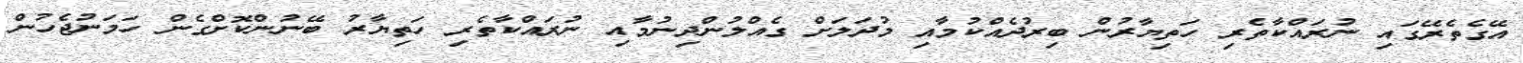
އޭގެތެރޭގައި ނުރައްކާތެރި ހަތިޔާރުން ބިރުދެއްކުމާއި މުދަލަށް ގެއްލުންދިނުމާއި ނުރައްކާތެރި ހަތިޔާރު ބޭނުންކޮށްގެން ހަމަނުޖެހުން